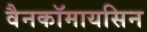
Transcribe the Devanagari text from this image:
वैनकॉमायसिन